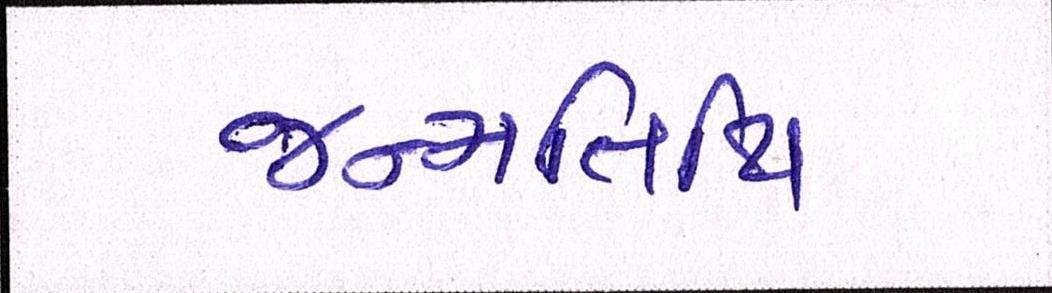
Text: જન્મતિથિ